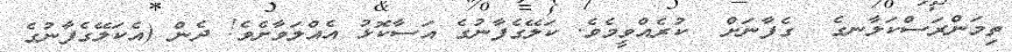
ތިމަންރަސްކަލާނގެ  ގެފާނަށް  ކުރެއްވީމެވެ. ކަލޭގެފާނުގެ އަސާކޮޅު އެއްލަވާށެވެ! ދެން (އެކަލޭގެފާނުގެ